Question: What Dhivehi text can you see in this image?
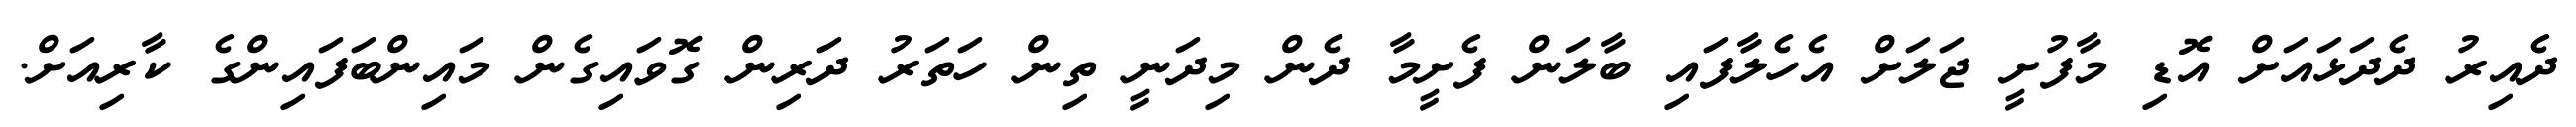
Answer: ދެއިރު ދެދަޅައަށް އޮޑި މާފުށީ ޖަލަށް އެހެލާފައި ބާލަން ފެށީމާ ދެން މިދަނީ ތިން ހަތަރު ދަރިން ގޮވައިގެން މައިންބަފައިންގެ ކާރިއަށް.